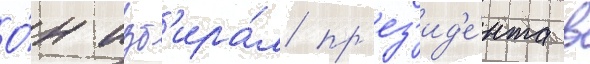
О́н изб'ира́л пр'ез'ид'е́нта в